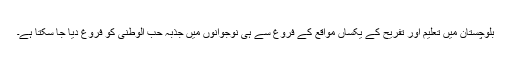
بلوچستان میں تعلیم اور تفریح کے یکساں مواقع کے فروغ سے ہی نوجوانوں میں جذبہ حب الوطنی کو فروغ دیا جا سکتا ہے۔